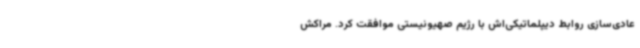
عادی‌سازی روابط دیپلماتیکی‌اش با رژیم صهیونیستی موافقت کرد. مراکش